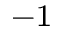
^ { - 1 }